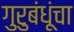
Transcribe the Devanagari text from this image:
गुरुबंधूंचा